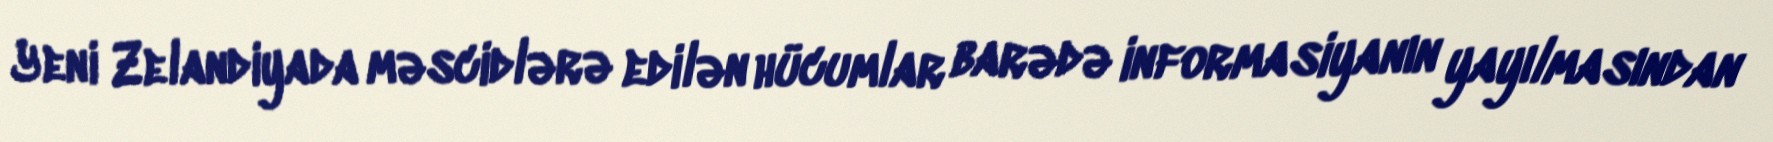
Yeni Zelandiyada məscidlərə edilən hücumlar barədə informasiyanın yayılmasından